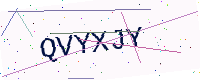
Text: QVYXJY